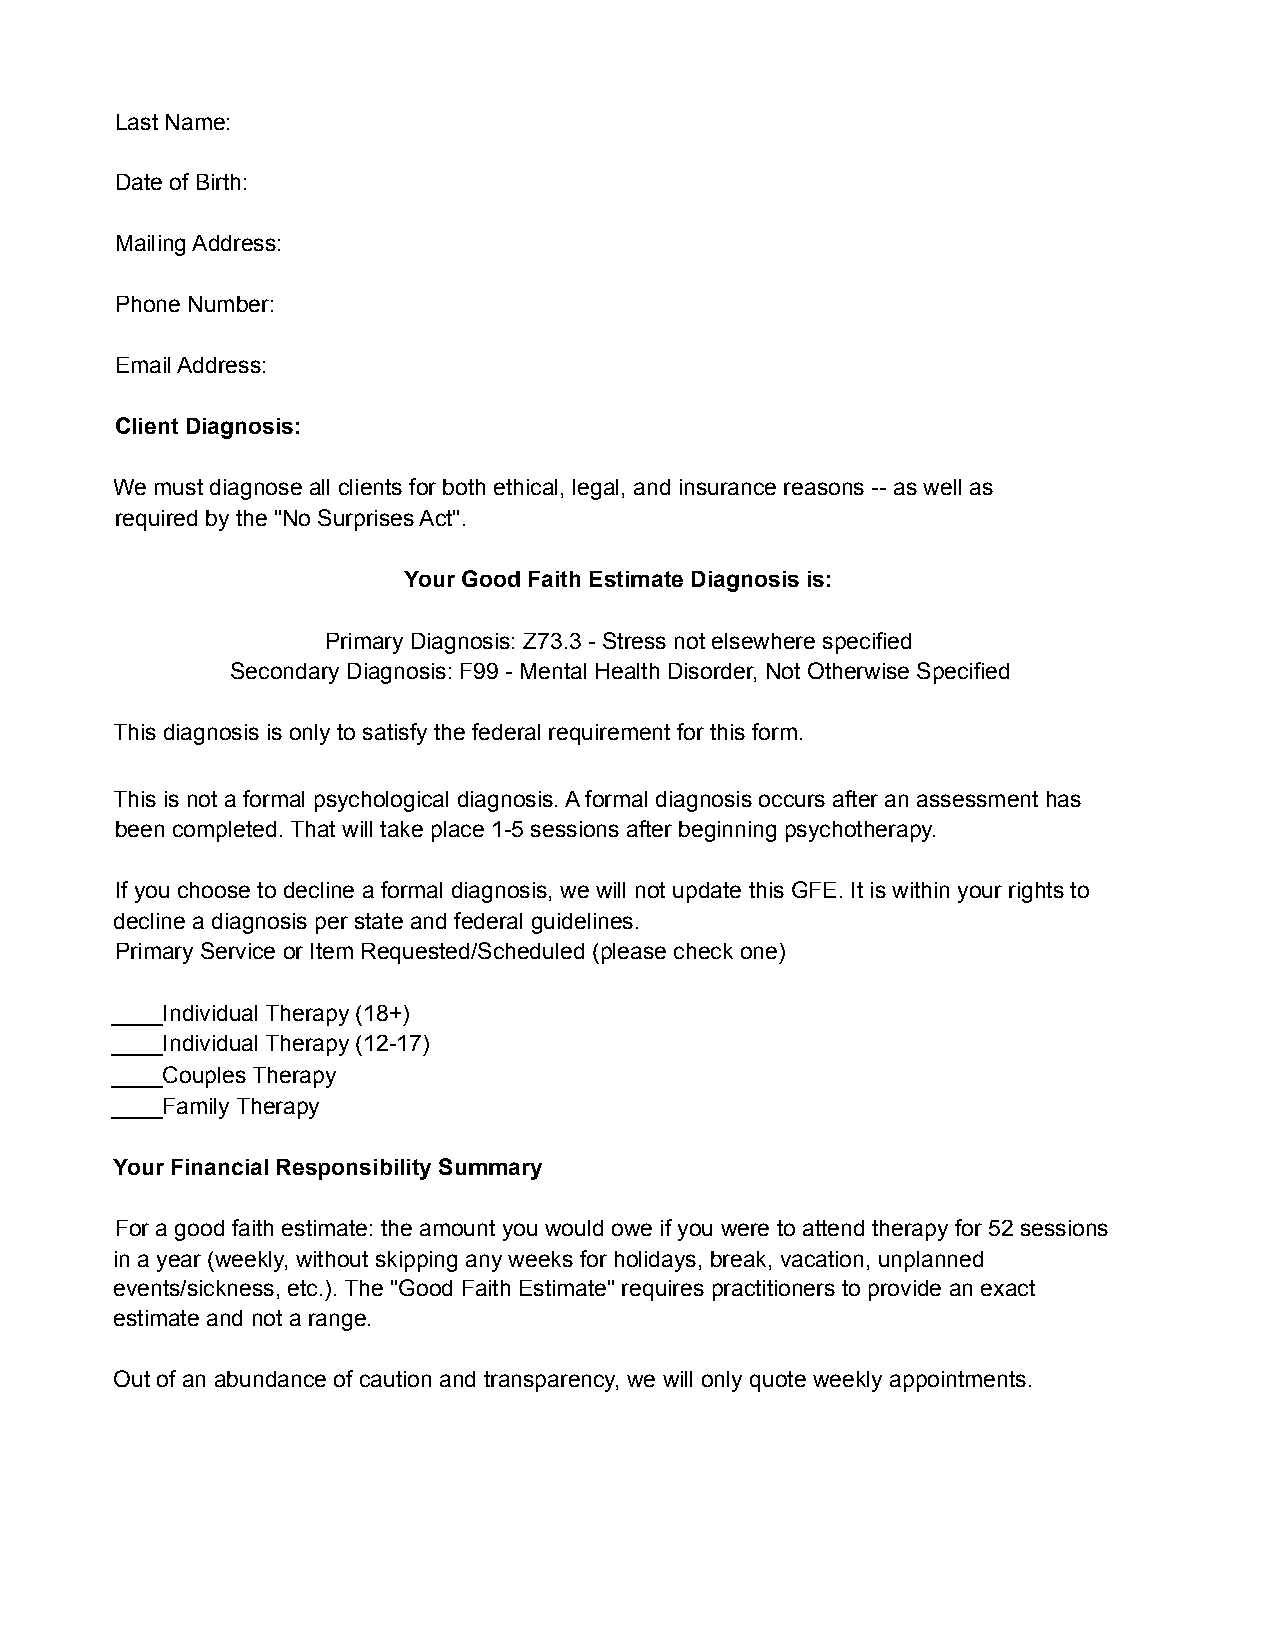
Last Name:
 Date of Birth:
 Mailing Address:
 Phone Number:
 Email Address:
 Client Diagnosis:
 We must diagnose all clients for both ethical, legal, and insurance reasons -- as well as
 required by the "No Surprises Act".
 Your Good Faith Estimate Diagnosis is:
 Primary Diagnosis: Z73.3 - Stress not elsewhere specified
 Secondary Diagnosis: F99 - Mental Health Disorder, Not Otherwise Specified
 This diagnosis is only to satisfy the federal requirement for this form.
 This is not a formal psychological diagnosis. A formal diagnosis occurs after an assessment has
 been completed. That will take place 1-5 sessions after beginning psychotherapy.
 If you choose to decline a formal diagnosis, we will not update this GFE. It is within your rights to
 decline a diagnosis per state and federal guidelines.
 Primary Service or Item Requested/Scheduled (please check one)
 ____Individual Therapy (18+)
 ____Individual Therapy (12-17)
 ____Couples Therapy
 ____Family Therapy
 Your Financial Responsibility Summary
 For a good faith estimate: the amount you would owe if you were to attend therapy for 52 sessions
 in a year (weekly, without skipping any weeks for holidays, break, vacation, unplanned
 events/sickness, etc.). The "Good Faith Estimate" requires practitioners to provide an exact
 estimate and not a range.
 Out of an abundance of caution and transparency, we will only quote weekly appointments.